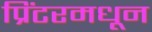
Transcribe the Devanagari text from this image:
प्रिंटरमधून